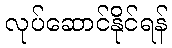
လုပ်ဆောင်နိုင်ရန်